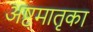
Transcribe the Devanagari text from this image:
अष्ट्मातृका